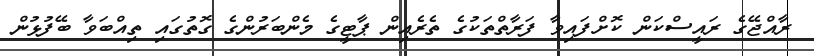
ރާއްޖޭގެ ރައީސްކަން ކޮށްފައިވާ ފަރާތްތަކުގެ ތެރެއިން ޕާޓީގެ މެންބަރުންގެ ގޮތުގައި ތިއްބަވާ ބޭފުޅުން